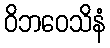
ဝိဘဝေသိနံ